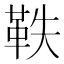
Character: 𮧕